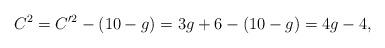
LaTeX: \begin{align*}C^2=C'^2-(10-g)=3g+6-(10-g)=4g-4,\end{align*}